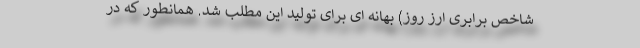
شاخص برابری ارز روز) بهانه ای برای تولید این مطلب شد. همانطور که در